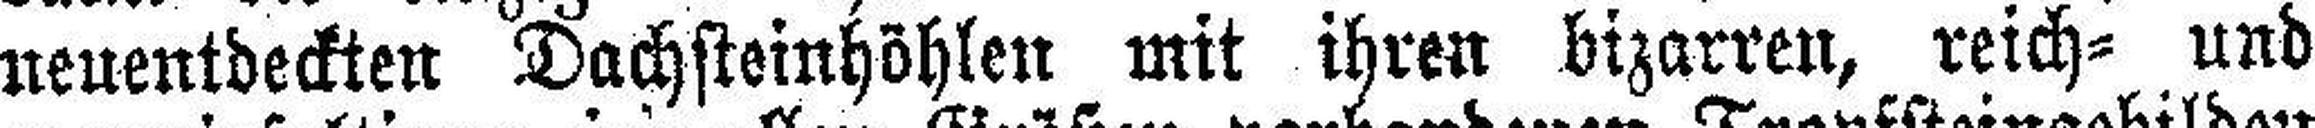
neuentdeckten Dachsteinhöhlen mit ihren bizarren, reich- und